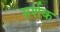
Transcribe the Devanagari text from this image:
सर्शक